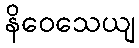
နိဝေသေယျ